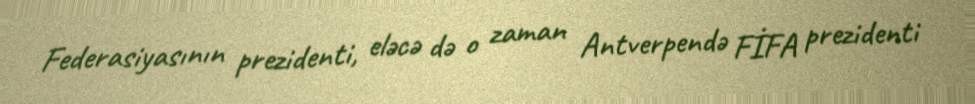
Federasiyasının prezidenti, eləcə də o zaman Antverpendə FİFA prezidenti